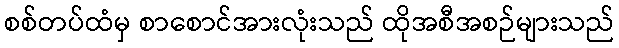
စစ်တပ်ထံမှ စာစောင်အားလုံးသည် ထိုအစီအစဉ်များသည်